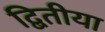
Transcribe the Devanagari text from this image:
द्बितीया